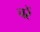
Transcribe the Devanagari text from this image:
चरें